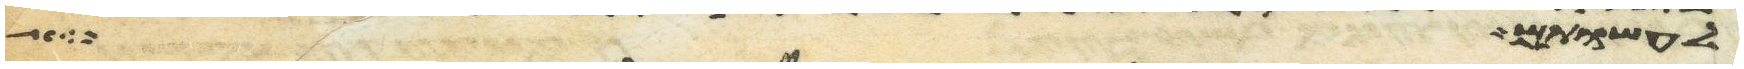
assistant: לעשות